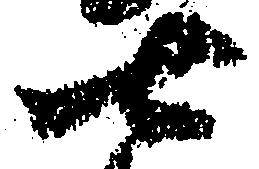
七